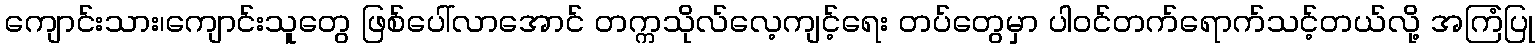
ကျောင်းသား၊ကျောင်းသူတွေ ဖြစ်ပေါ်လာအောင် တက္ကသိုလ်လေ့ကျင့်ရေး တပ်တွေမှာ ပါဝင်တက်ရောက်သင့်တယ်လို့ အကြံပြု